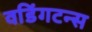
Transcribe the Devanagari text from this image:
वडिंगटन्स